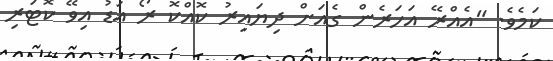
ކަމެވެ. "އެއްރޭ އަހަރެން ގެއަށް ދިޔައިރު ކޮއްކޮ ރޯ އަޑު އިވޭ ކޮޓަރި